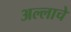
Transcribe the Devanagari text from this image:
अल्लाचे